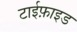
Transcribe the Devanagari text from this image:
टाईफ़ाइड